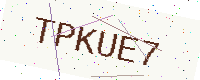
Text: TPKUE7